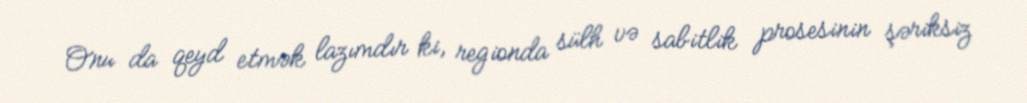
Onu da qeyd etmək lazımdır ki, regionda sülh və sabitlik prosesinin şəriksiz